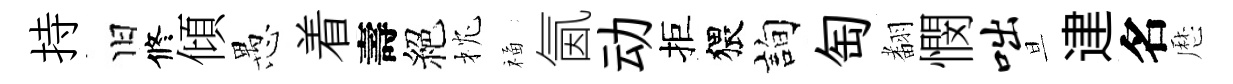
持旧修傾愚着壽絕枕福氤动拒猥詢匋𮋒憫咄旦䢖名厯